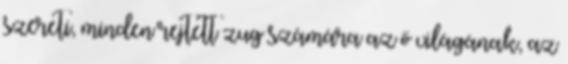
szereti, minden rejtett zug számára az ő világának, az